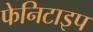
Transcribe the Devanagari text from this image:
फेनिटाइप